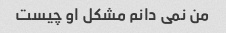
من نمی دانم مشکل او چیست